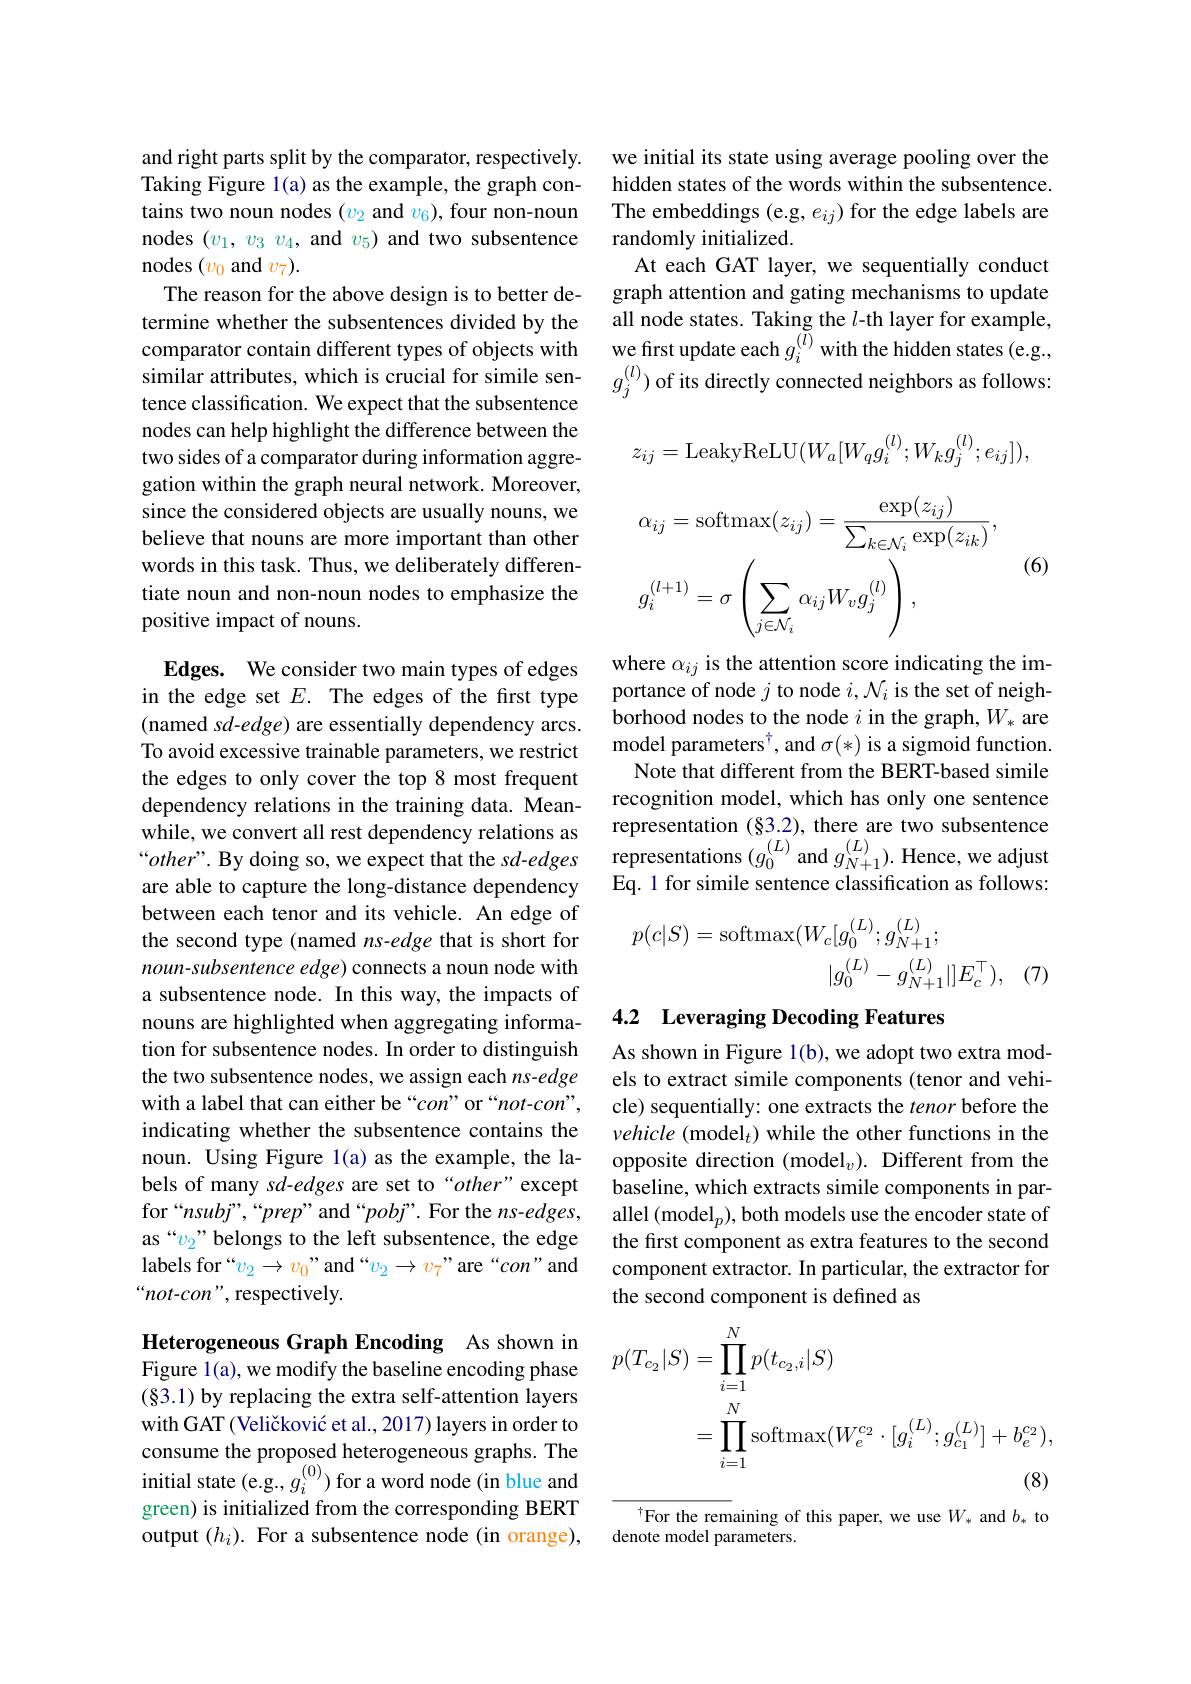
and right parts split by the comparator, respectively. Taking Figure l(a) as the example, the graph contains two noun nodes $(v_2$ and $v_6)$, four non-noun nodes $(v_1,v_3,v_4$, and $v_5)$ and two subsentence nodes $(v_0$ and $v_7).$
The reason for the above design is to better determine whether the subsentences divided by the comparator contain different types of objects with tence classification. We expect that the subsentence nodes can help highlight the difference between the two sides of a comparator during information aggregation within the graph neural network. Moreover, since the considered objects are usually nouns, we believe that nouns are more important than other words in this task. Thus, we deliberately differentiate noun and non-noun nodes to emphasize the positive impact of nouns.

Edges. We consider two main types of edges in the edge set $E.$ The edges of the first type (named sd-edge) are essentially dependency arcs. To avoid excessive trainable parameters, we restrict the edges to only cover the top 8 most frequent dependency relations in the training data. Meanare able to capture the long-distance dependency between each tenor and its vehicle. An edge of the second type (named ns-edge that is short for noun-subsentence edge) connects a noun node with a subsentence node. In this way, the impacts of nouns are highlighted when aggregating information for subsentence nodes. In order to distinguish the two subsentence nodes, we assign each ns-edge with a label that can either be “con” or“not-con”, indicating whether the subsentence contains the noun. Using Figure l(a) as the example, the labels of many sd-edges are set to“other”except for“nsub”,“prep”and“pob”.For the $ns$-edges, as “$v_2$”belongs to the left subsentence, the edge labels for “$v_2\to v_0$”and““$v_2\to v_7$”are“con"and “not-con”, respectively.

Heterogeneous Graph Encoding As shown in Figure 1(a), we modify the baseline encoding phase (§3.1) by replacing the extra self-attention layers with GAT (Veličković et al., 2017) layers in order to consume the proposed heterogeneous graphs. The initial state (e.g., $g_i^{(0)})$ for a word node (in blue and green) is initialized from the corresponding BERT output $(h_i).$ For a subsentence node (in orange),

we initial its state using average pooling over the hidden states of the words within the subsentence. The embeddings (e.g, $e_ij)$ for the edge labels are randomly initialized.
At each GAT layer, we sequentially conduct graph attention and gating mechanisms to update all node states. Taking the $l$-th layer for example, we first update each $g_i^{(\tilde{l})}$ with the hidden states (e.g.
similar attributes, which is crucial for simile sen- $g_j^{(l)}$) of its directly connected neighbors as follows:
$$\begin{aligned}&z_{ij}=\mathrm{LeakyReLU}(W_{a}[W_{q}g_{i}^{(l)};W_{k}g_{j}^{(l)};e_{ij}]),\\&\alpha_{ij}=\mathrm{softmax}(z_{ij})=\frac{\exp(z_{ij})}{\sum_{k\in\mathcal{N}_{i}}\exp(z_{ik})},\\&g_{i}^{(l+1)}=\sigma\left(\sum_{j\in\mathcal{N}_{i}}\alpha_{ij}W_{v}g_{j}^{(l)}\right),\end{aligned}$$
where $\alpha_{ij}$ is the attention score indicating the importance of node $j$ to node $i,\mathcal{N}_i$ is the set of neighborhood nodes to the node $i$ in the graph, $W_*$ are model parameters$^\dagger$,and $\sigma(*)$ is a sigmoid function. Note that different from the BERT-based simile recognition model, which has only one sentence
while, we convert all rest dependency relations as representation(83.2),there are two subsentence “ $other? .$ By doing so, we expect that the s$d- edges$representations$( g_{0}^{( L) }$and $g_{N+ 1}^{( L) }) .$Hence, we adjust are able to capture the
$$\begin{aligned}p(c|S)&=\mathrm{softmax}(W_{c}[g_{0}^{(L)};g_{N+1}^{(L)};\\&|g_{0}^{(L)}-g_{N+1}^{(L)}|]E_{c}^{\top}),\quad(7\end{aligned}$$
## 4.2 Leveraging Decoding Features

As shown in Figure 1(b), we adopt two extra models to extract simile components (tenor and vehicle) sequentially: one extracts the tenor before the vehicle (model$_t)$ while the other functions in the opposite direction (model$_v).$ Different from the baseline, which extracts simile components in parallel (model$_p)$,both models use the encoder state of the first component as extra features to the second component extractor. In particular, the extractor for the second component is defined as
$$\begin{aligned}p(T_{c_{2}}|S)&=\prod_{i=1}^{N}p(t_{c_{2},i}|S)\\&=\prod_{i=1}^{N}\mathrm{softmax}(W_{e}^{c_{2}}\cdot[g_{i}^{(L)};g_{c_{1}}^{(L)}]+b_{e}^{c_{2}}),\\&\text{(8)}\end{aligned}$$
$^{\dagger}$For the remaining of this paper, we use $W_*$ and $b_*$ to
denote model parameters